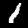
Label: 1